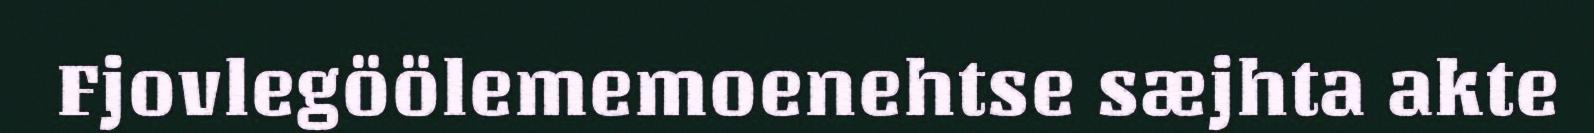
Fjovlegöölememoenehtse sæjhta akte